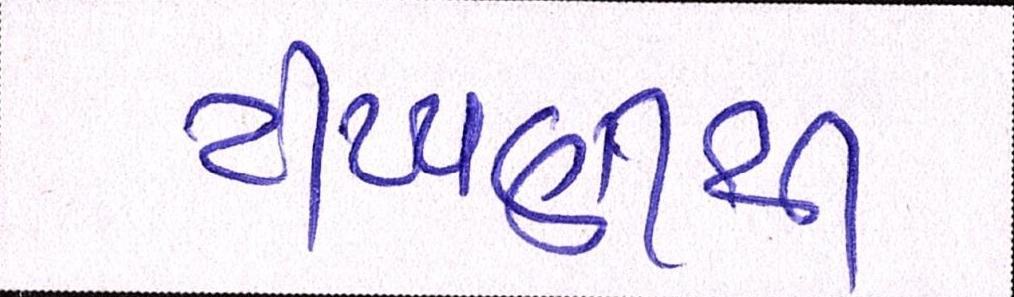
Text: ટીપ્પણીથી